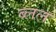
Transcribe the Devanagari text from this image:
ब्लल